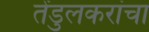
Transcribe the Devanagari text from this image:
तेंडुलकरांचा